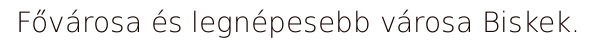
Fővárosa és legnépesebb városa Biskek.